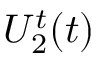
U _ { 2 } ^ { t } ( t )